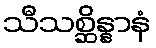
သီသစ္ဆိန္နာနံ